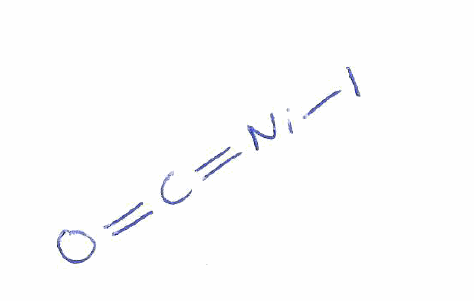
Simplified molecular-input line-entry system (SMILES) notation of the given molecule:
C(=O)=[Ni]I